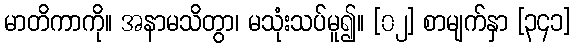
မာတိကာကို။ အနာမသိတွာ၊ မသုံးသပ်မူ၍။ [၀၂] စာမျက်နှာ [၃၄၁]